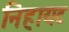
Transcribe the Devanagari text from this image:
निहायट